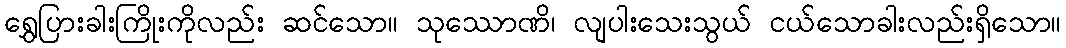
ရွှေပြားခါးကြိုးကိုလည်း ဆင်သော။ သုဿောဏိ၊ လျပါးသေးသွယ် ငယ်သောခါးလည်းရှိသော။